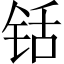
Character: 铦